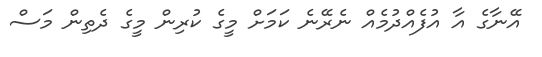
އޭނާގެ އާ އުފެއްދުމެއް ނެރޭނެ ކަމަށް މީގެ ކުރިން މީގެ ދެތިން މަސް